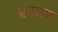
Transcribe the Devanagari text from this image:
भ्रमराज